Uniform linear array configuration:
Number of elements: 12
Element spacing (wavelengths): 1
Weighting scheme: blackman
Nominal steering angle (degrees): -30
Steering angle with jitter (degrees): -31.494
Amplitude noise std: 0.05
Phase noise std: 0.05

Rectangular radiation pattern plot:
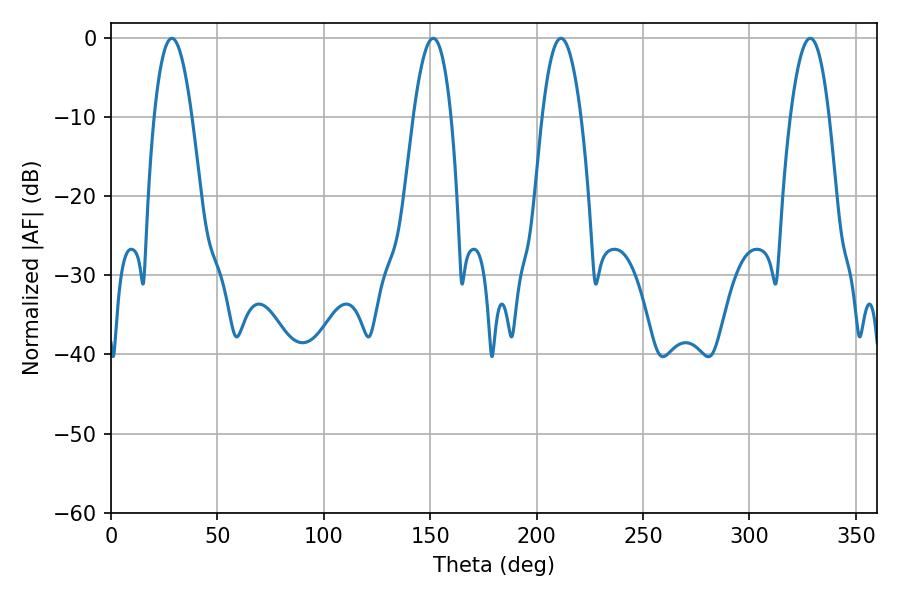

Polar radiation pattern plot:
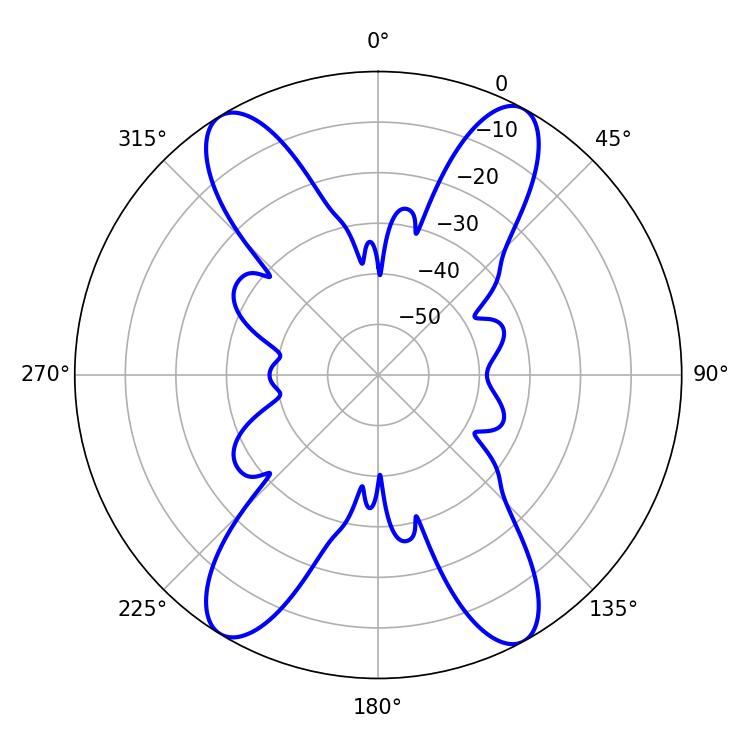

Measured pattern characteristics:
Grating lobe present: TRUE
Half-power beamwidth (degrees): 9.72
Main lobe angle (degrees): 28.62